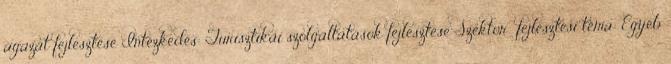
ágazat fejlesztése Intézkedés: Turisztikai szolgáltatások fejlesztése Szektor fejlesztési téma: Egyéb